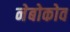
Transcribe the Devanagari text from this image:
नेबोकोव